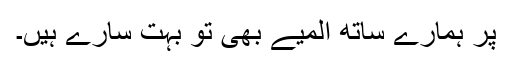
پر ہمارے ساتھ المیے بھی تو بہت سارے ہیں۔